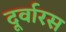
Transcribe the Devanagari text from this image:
दूर्वारस